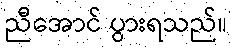
ညီအောင် ပွားရသည်။